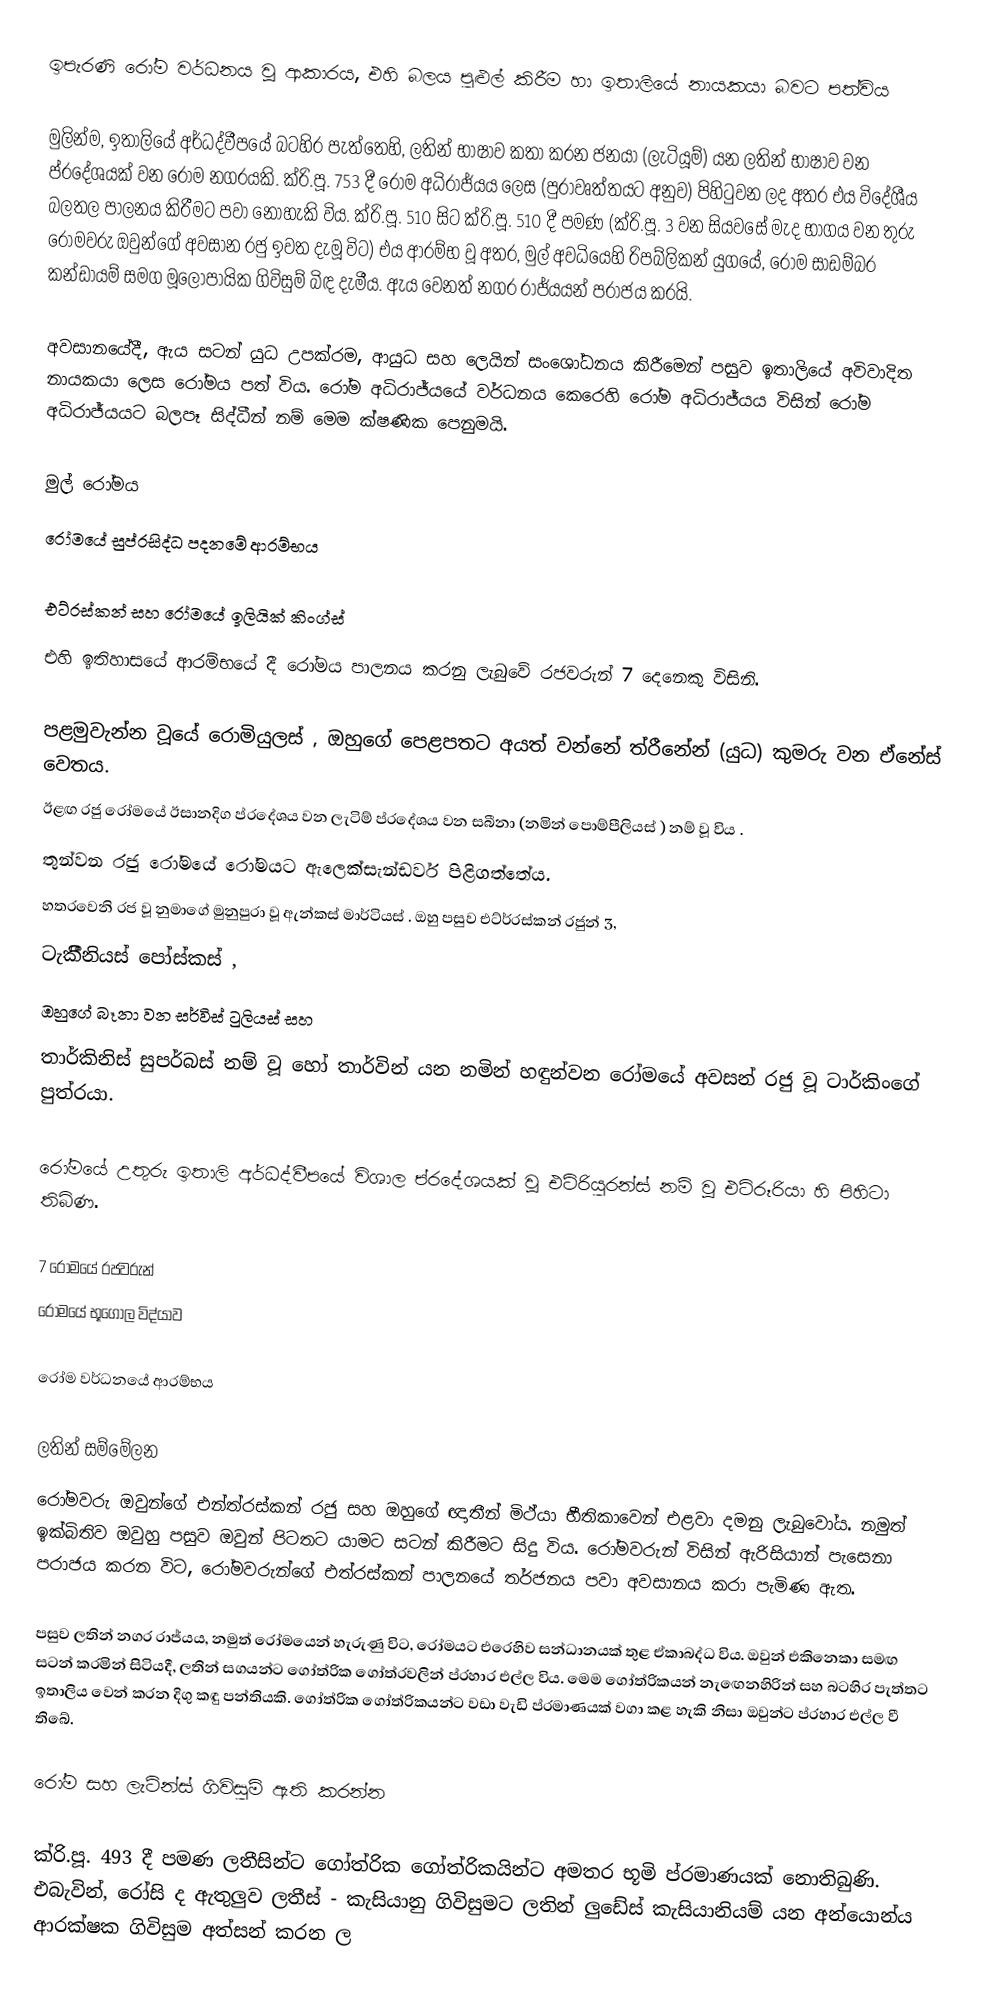
ඉපැරණි රෝම වර්ධනය වූ ආකාරය, එහි බලය පුළුල් කිරීම හා ඉතාලියේ නායකයා බවට පත්විය

මුලින්ම, ඉතාලියේ අර්ධද්වීපයේ බටහිර පැත්තෙහි, ලතින් භාෂාව කතා කරන ජනයා (ලැටියූම්) යන ලතින් භාෂාව වන ප්රදේශයක් වන රෝම නගරයකි. ක්රි.පූ. 753 දී රෝම අධිරාජ්යය ලෙස (පුරාවෘත්තයට අනුව) පිහිටුවන ලද අතර එය විදේශීය බලතල පාලනය කිරීමට පවා නොහැකි විය. ක්රි.පූ. 510 සිට ක්රි.පූ. 510 දී පමණ (ක්රි.පූ. 3 වන සියවසේ මැද භාගය වන තුරු රෝමවරු ඔවුන්ගේ අවසාන රජු ඉවත දැමූ විට) එය ආරම්භ වූ අතර, මුල් අවධියෙහි රිපබ්ලිකන් යුගයේ, රෝම සාඩම්බර කන්ඩායම් සමග මූලෝපායික ගිවිසුම් බිඳ දැමීය. ඇය වෙනත් නගර රාජ්යයන් පරාජය කරයි.

අවසානයේදී, ඇය සටන් යුධ උපක්රම, ආයුධ සහ ලෙයින් සංශෝධනය කිරීමෙන් පසුව ඉතාලියේ අවිවාදිත නායකයා ලෙස රෝමය පත් විය. රෝම අධිරාජ්යයේ වර්ධනය කෙරෙහි රෝම අධිරාජ්යය විසින් රෝම අධිරාජ්යයට බලපෑ සිද්ධීන් නම් මෙම ක්ෂණික පෙනුමයි.

 මුල් රෝමය
 රෝමයේ සුප්රසිද්ධ පදනමේ ආරම්භය

එට්රස්කන් සහ රෝමයේ ඉලියික් කිංග්ස්
එහි ඉතිහාසයේ ආරම්භයේ දී රෝමය පාලනය කරනු ලැබුවේ රජවරුන් 7 දෙනෙකු විසිනි.

 පළමුවැන්න වූයේ රොමියුලස් , ඔහුගේ පෙළපතට අයත් වන්නේ ත්රීනේන් (යුධ) කුමරු වන ඒනේස් වෙතය.
 ඊළඟ රජු රෝමයේ ඊසානදිග ප්රදේශය වන ලැටිම් ප්රදේශය වන සබීනා (නමින් පොම්පීලියස් ) නම් වූ විය .
 තුන්වන රජු රෝමයේ රෝමයට ඇලෙක්සැන්ඩර්ව පිළිගත්තේය.
 හතරවෙනි රජ වූ නුමාගේ මුනුපුරා වූ ඇන්කස් මාර්ටියස් . ඔහු පසුව එට්ර්රස්කන් රජුන් 3,
 ටැකීීනියස් පෝස්කස් ,
 ඔහුගේ බෑනා වන සර්විස් ටුලියස් සහ
 තාර්කිනිස් සුපර්බස් නම් වූ හෝ තාර්වින් යන නමින් හඳුන්වන රෝමයේ අවසන් රජු වූ ටාර්කිංගේ පුත්රයා.

රෝමයේ උතුරු ඉතාලි අර්ධද්වීපයේ විශාල ප්රදේශයක් වූ එට්රියුරන්ස් නම් වූ එට්රූරියා හි පිහිටා තිබිණ.

 7 රෝමයේ රජවරුන්
 රෝමයේ භූගෝල විද්යාව

රෝම වර්ධනයේ ආරම්භය

ලතින් සම්මේලන
රෝමවරු ඔවුන්ගේ එන්ත්රස්කන් රජු සහ ඔහුගේ ඥාතීන් මිථ්යා භීතිකාවෙන් එළවා දමනු ලැබුවෝය. නමුත් ඉක්බිතිව ඔවුහු පසුව ඔවුන් පිටතට යාමට සටන් කිරීමට සිදු විය. රෝමවරුන් විසින් ඇරිසියාන් පැසෙනා පරාජය කරන විට, රෝමවරුන්ගේ එත්රස්කන් පාලනයේ තර්ජනය පවා අවසානය කරා පැමිණ ඇත.

පසුව ලතින් නගර රාජ්යය, නමුත් රෝමයෙන් හැරුණු විට, රෝමයට එරෙහිව සන්ධානයක් තුළ ඒකාබද්ධ විය. ඔවුන් එකිනෙකා සමඟ සටන් කරමින් සිටියදී, ලතින් සගයන්ට ගෝත්රික ගෝත්රවලින් ප්රහාර එල්ල විය. මෙම ගෝත්රිකයන් නැඟෙනහිරින් සහ බටහිර පැත්තට ඉතාලිය වෙන් කරන දිගු කඳු පන්තියකි. ගෝත්රික ගෝත්රිකයන්ට වඩා වැඩි ප්රමාණයක් වගා කළ හැකි නිසා ඔවුන්ට ප්රහාර එල්ල වී තිබේ.

රෝම සහ ලැටින්ස් ගිවිසුම් ඇති කරන්න

ක්රි.පූ. 493 දී පමණ ලතීසින්ට ගෝත්රික ගෝත්රිකයින්ට අමතර භූමි ප්රමාණයක් නොතිබුණි. එබැවින්, රෝසි ද ඇතුලුව ලතීස් - කැසියානු ගිවිසුමට ලතින් ලුඩේස් කැසියානියම් යන අන්යොන්ය ආරක්ෂක ගිවිසුම අත්සන් කරන ල